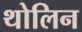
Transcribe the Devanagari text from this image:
थोलिन